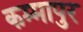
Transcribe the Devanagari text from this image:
कम्मापुर